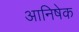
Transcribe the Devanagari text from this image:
आनिषेक